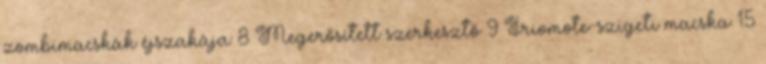
zombimacskák éjszakája 8 Megerősített szerkesztő 9 Iriomote-szigeti macska 15